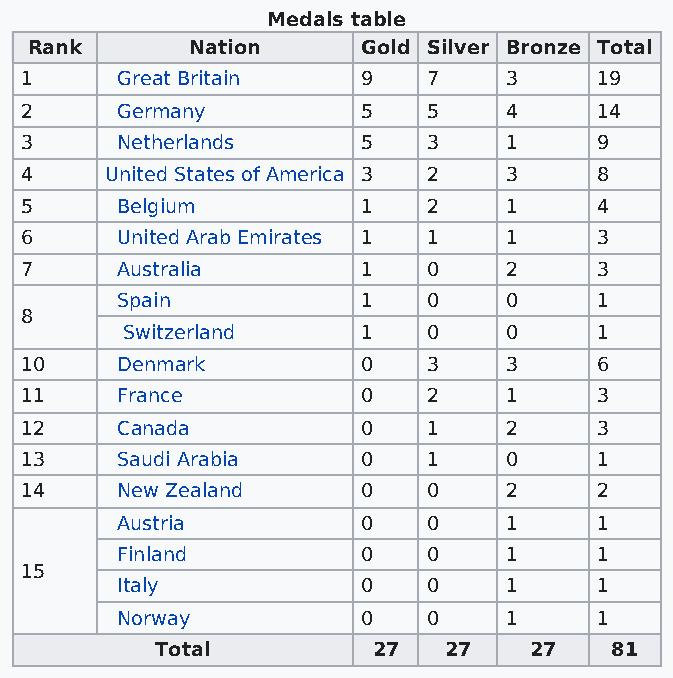
Medals table
 Rank       Nation     Gold Silver Bronze Total
 1      Great Britain   9   7    3      19
 2      Germany         5   5    4      14
 3      Netherlands     5   3    1      9
 4     United States of America 3 2 3   8
 5      Belgium         1   2    1      4
 6      United Arab Emirates 1 1 1      3
 7      Australia       1   0    2      3
 Spain           1   0    0      1
 8
 Switzerland     1   0    0      1
 10     Denmark         0   3    3      6
 11     France          0   2    1      3
 12     Canada          0   1    2      3
 13     Saudi Arabia    0   1    0      1
 14     New Zealand     0   0    2      2
 Austria         0   0    1      1
 Finland         0   0    1      1
 15
 Italy           0   0    1      1
 Norway          0   0    1      1
 Total          27  27    27   81